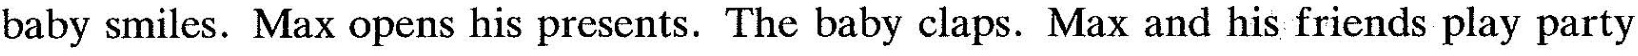
baby smiles. Max opens his presents. The baby claps. Max and his friends play party